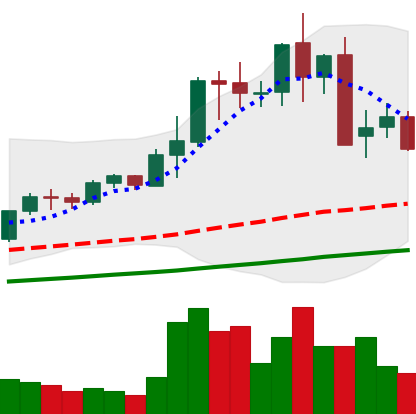
Ticker: LTC-USD
Chart end date: 2021-05-15
Forward return: -29.188%
Label: down_7plus